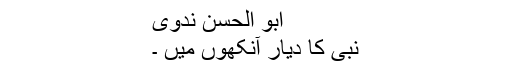
ابو الحسن ندوی
نبیؐ کا دیار آنکھوں میں ۔